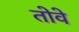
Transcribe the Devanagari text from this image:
तोवे